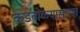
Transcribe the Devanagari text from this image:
कडबोळ्यासारखे